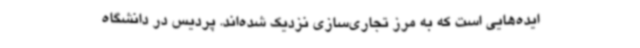
ایده‌هایی است که به مرز تجاری‌سازی نزدیک شده‌اند. پردیس در دانشگاه